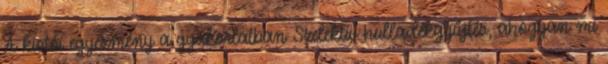
A kiotói egyezmény a gyakorlatban Szelektív hulladékgyűjtés, ahogyan mi